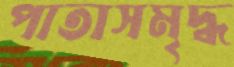
পাতাসমৃদ্ধ